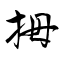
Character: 拇